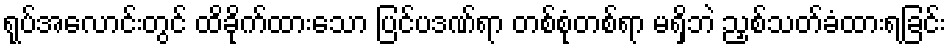
ရုပ်အလောင်းတွင် ထိခိုက်ထားသော ပြင်ပဒဏ်ရာ တစ်စုံတစ်ရာ မရှိဘဲ ညှစ်သတ်ခံထားရခြင်း